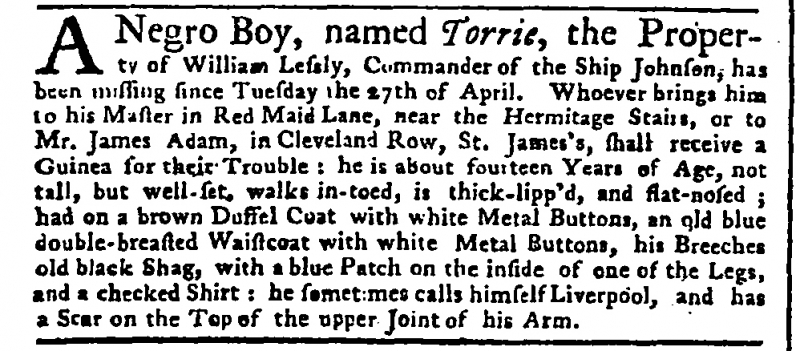
Public Advertiser, 4 May 1756 (England)
A Negro Boy, named Torrie, the Property of William Lessly, Commander of the Ship Johnson, has been missing since Tuesday the 27th of April. Whoever brings him to his Master in Red Maid Lane, near the Hermitage Stairs, or to Mr. James Adam, in Cleveland Row, St James’s, shall receive a Guinea for their Trouble: he is about fourteen Years of Age, not tall, but well-set, walks in-toed, is thick-lipp’d, and flat-nosed; had on a brown Duffel Coat, with white Metal Buttons, an old blue double-breasted Waistcoat with white Metal Buttons, his Breeches old black Shag, with a blue Patch on the inside of one of the Legs, and a checked Shirt: he sometimes calls himself Liverpool, and has a Scar on the Top of the upper Joint of his Arm.